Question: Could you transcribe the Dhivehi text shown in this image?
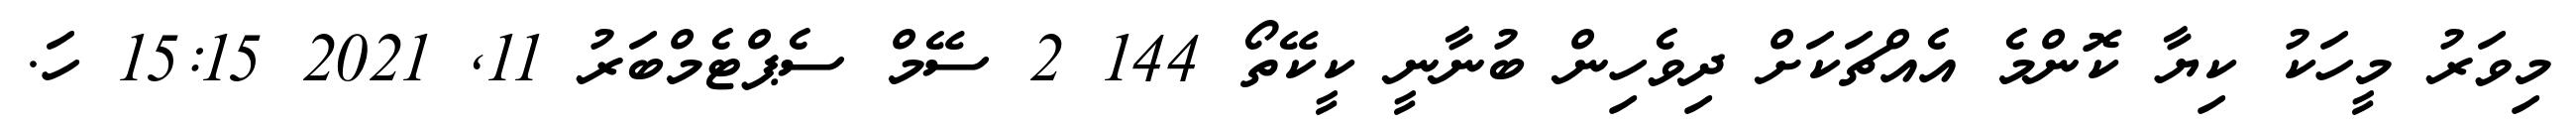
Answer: މިވަރު މީހަކު ކިޔާ ކޮންމެ އެއްޗަކަށް ދިވެހިން ބުނާނީ ކީކޭތޯ 144 2 ސޭމް ސެޕްޓެމްބަރު 11, 2021 15:15 ހަ.